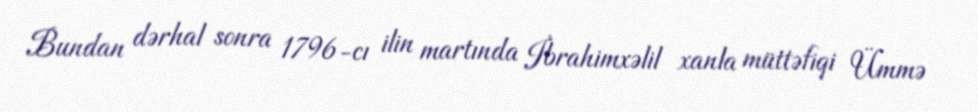
Bundan dərhal sonra 1796-cı ilin martında İbrahimxəlil xanla müttəfiqi Ümmə